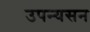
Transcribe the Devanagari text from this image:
उपन्यसन